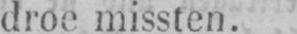
droe missten.